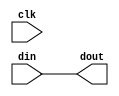
module register(clk, din, dout);
	input clk;
	input [31:0] din;
	output reg [31:0] dout;
	
	always @(*) 
	begin 
		dout <= din;
	end
endmodule